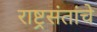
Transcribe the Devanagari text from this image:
राष्ट्रसंतांचे